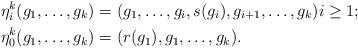
LaTeX: \begin{align*} \eta^k_i(g_1, \ldots, g_k) &= (g_1, \ldots, g_i, s(g_i), g_{i+1}, \ldots, g_k) i \geq 1;\\ \eta^k_0(g_1, \ldots, g_k) &= (r(g_1), g_1, \ldots, g_k).\end{align*}